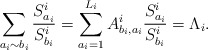
\begin{align*}\sum_{a_i \sim b_i} \frac{S_{a_i}^i}{S_{b_i}^i} = \sum_{a_i=1}^{L_i}A_{b_i,a_i}^i\frac{S_{a_i}^i}{S_{b_i}^i}=\Lambda_i.\end{align*}